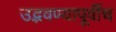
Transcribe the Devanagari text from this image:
उद्भवण्यापूर्वीच